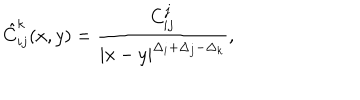
\hat { C } _ { i j } ^ { k } ( x , y ) = \frac { C _ { i j } ^ { j } } { | x - y | ^ { \Delta _ { i } + \Delta _ { j } - \Delta _ { k } } } ,